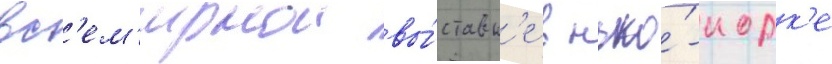
вс'ем'ирнои вы́ставк'е в нью́-иорк'е